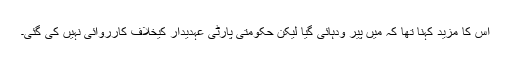
اس کا مزید کہنا تھا کہ میں پیر ودہائی گیا لیکن حکومتی پارٹی عہدیدار کیخلاف کارروائی نہیں کی گئی۔